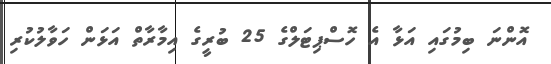
އޮންނަ ބިމުގައި އަޅާ އެ ހޮސްޕިޓަލްގެ 25 ބުރީގެ އިމާރާތް އަޅަން ހަވާލުކުރި